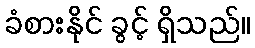
ခံစားနိုင် ခွင့် ရှိသည်။